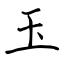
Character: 玉